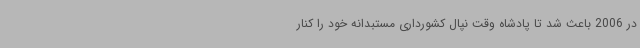
در 2006 باعث شد تا پادشاه وقت نپال کشورداری مستبدانه خود را کنار